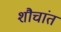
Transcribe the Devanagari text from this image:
शौचांत